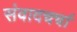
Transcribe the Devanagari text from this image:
संवादचर्चा